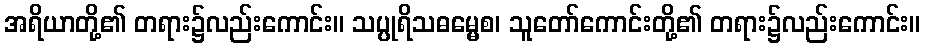
အရိယာတို့၏ တရား၌လည်းကောင်း။ သပ္ပုရိသဓမ္မေစ၊ သူတော်ကောင်းတို့၏ တရား၌လည်းကောင်း။